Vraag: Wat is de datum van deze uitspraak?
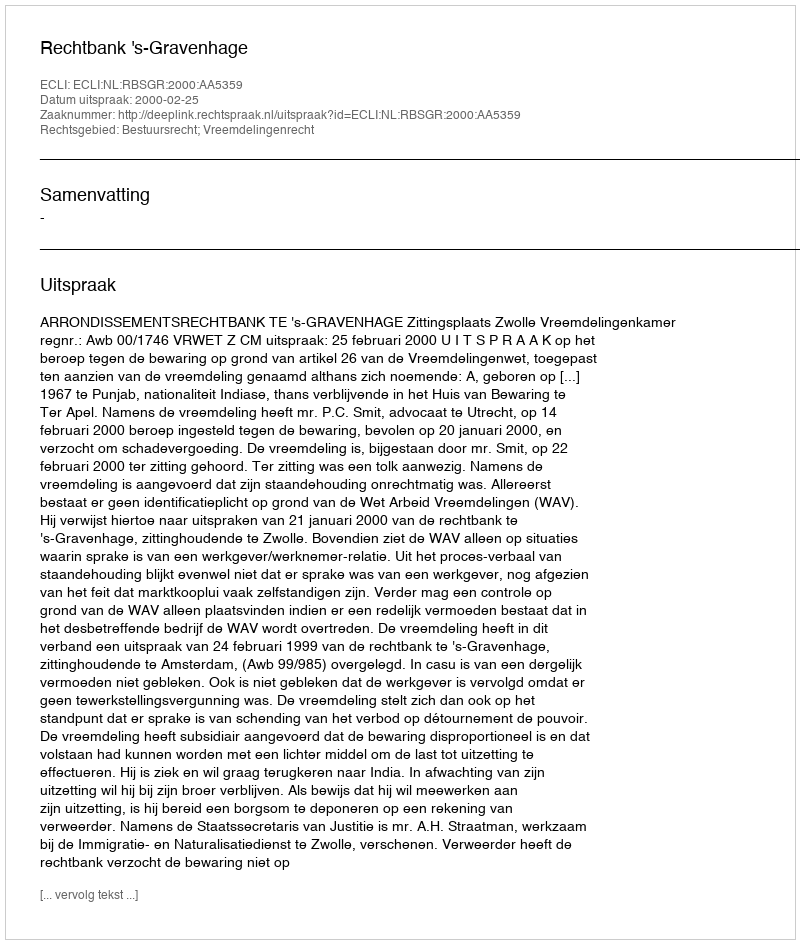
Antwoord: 2000-02-25